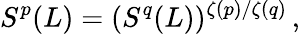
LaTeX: S^{p}(L)=(S^{q}(L))^{\zeta(p)/\zeta(q)}\, ,